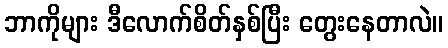
ဘာကိုများ ဒီလောက်စိတ်နှစ်ပြီး တွေးနေတာလဲ။